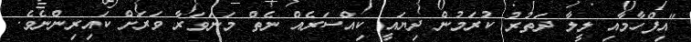
"އިފްހާމާއި ލީލާ ދަތުރު ކުރަމުން ދިޔައީ ކިއްސަރެއް ނެތް މަނަވަރާ ވަރަށް ކައިރިންނެވެ.